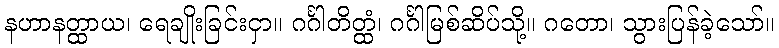
နဟာနတ္ထာယ၊ ရေချိုးခြင်းငှာ။ ဂင်္ဂါတိတ္ထံ၊ ဂင်္ဂါမြစ်ဆိပ်သို့။ ဂတော၊ သွားပြန်ခဲ့သော်။